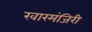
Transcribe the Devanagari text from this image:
खारमंजिरी